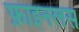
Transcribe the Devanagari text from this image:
फ़ाइनलस